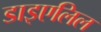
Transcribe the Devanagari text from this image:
डाइएलिल